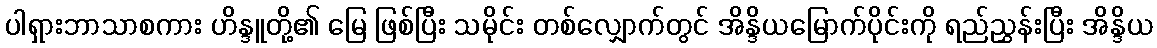
ပါရှားဘာသာစကား ဟိန္ဒူတို့၏ မြေ ဖြစ်ပြီး သမိုင်း တစ်လျှောက်တွင် အိန္ဒိယမြောက်ပိုင်းကို ရည်ညွှန်းပြီး အိန္ဒိယ